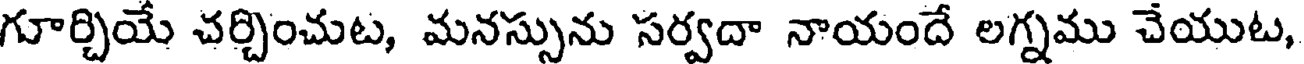
గూర్చియే చర్చించుట, మనస్సును సర్వదా నాయందే లగ్నము చేయుట,